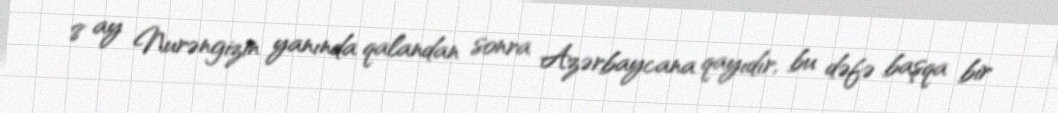
8 ay Nurəngizin yanında qalandan sonra Azərbaycana qayıdır, bu dəfə başqa bir